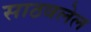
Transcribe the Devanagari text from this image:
साठवलेल